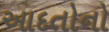
આદતોનો